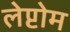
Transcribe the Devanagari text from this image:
लेप्टोम